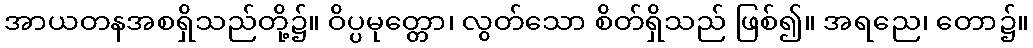
အာယတနအစရှိသည်တို့၌။ ဝိပ္ပမုတ္တော၊ လွတ်သော စိတ်ရှိသည် ဖြစ်၍။ အရညေ၊ တော၌။